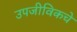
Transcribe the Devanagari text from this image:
उपजीविकचे